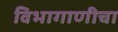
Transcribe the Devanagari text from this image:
विभागाणीचा